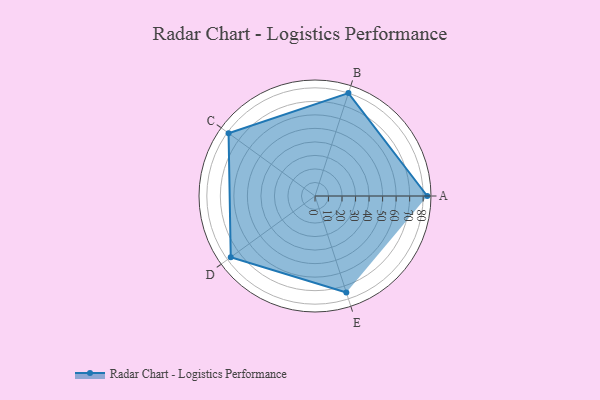
{"axis": {"x": "Skill", "y": "Score"}, "legend": ["Profile"], "data": [{"x": "A", "y": 83.0, "type": "Profile"}, {"x": "B", "y": 80.0, "type": "Profile"}, {"x": "C", "y": 79.0, "type": "Profile"}, {"x": "D", "y": 77.0, "type": "Profile"}, {"x": "E", "y": 75.0, "type": "Profile"}]}